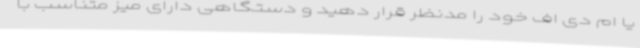
یا ام دی اف خود را مدنظر قرار دهید و دستگاهی دارای میز متناسب با